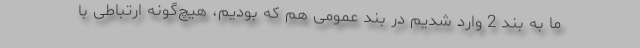
ما به بند 2 وارد شدیم در بند عمومی هم كه بودیم، هیچ‌گونه ارتباطی با